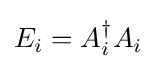
E_{i}=A_{i}^{\dagger }A_{i}